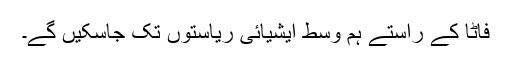
فاٹا کے راستے ہم وسط ایشیائی ریاستوں تک جاسکیں گے۔